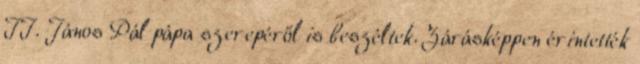
II. János Pál pápa szerepéről is beszéltek. Zárásképpen érintették